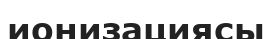
ионизациясы